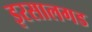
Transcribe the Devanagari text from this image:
इरसालगड